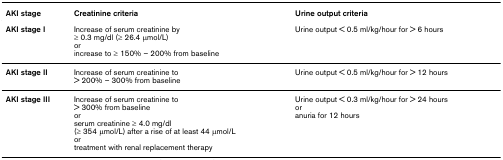
<table><thead><tr><td><b>AKI stage</b></td><td><b>Creatinine criteria</b></td><td><b>Urine output criteria</b></td></tr></thead><tbody><tr><td><b>AKI stage I</b></td><td>Increase of serum creatinine by≥ 0.3 mg/dl (≥ 26.4 μmol/L)orincrease to ≥ 150% – 200% from baseline</td><td>Urine output &lt; 0.5 ml/kg/hour for &gt; 6 hours</td></tr><tr><td><b>AKI stage II</b></td><td>Increase of serum creatinine to&gt; 200% – 300% from baseline</td><td>Urine output &lt; 0.5 ml/kg/hour for &gt; 12 hours</td></tr><tr><td><b>AKI stage III</b></td><td>Increase of serum creatinine to&gt; 300% from baselineorserum creatinine ≥ 4.0 mg/dl(≥ 354 μmol/L) after a rise of at least 44 μmol/Lortreatment with renal replacement therapy</td><td>Urine output &lt; 0.3 ml/kg/hour for &gt; 24 hoursoranuria for 12 hours</td></tr></tbody></table>